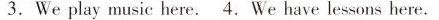
3.Weplay music here.4. We have lessons here.